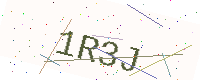
Text: 1R3J